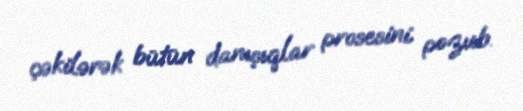
çəkilərək bütün danışıqlar prosesini pozub.